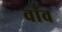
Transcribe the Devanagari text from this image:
वाँव